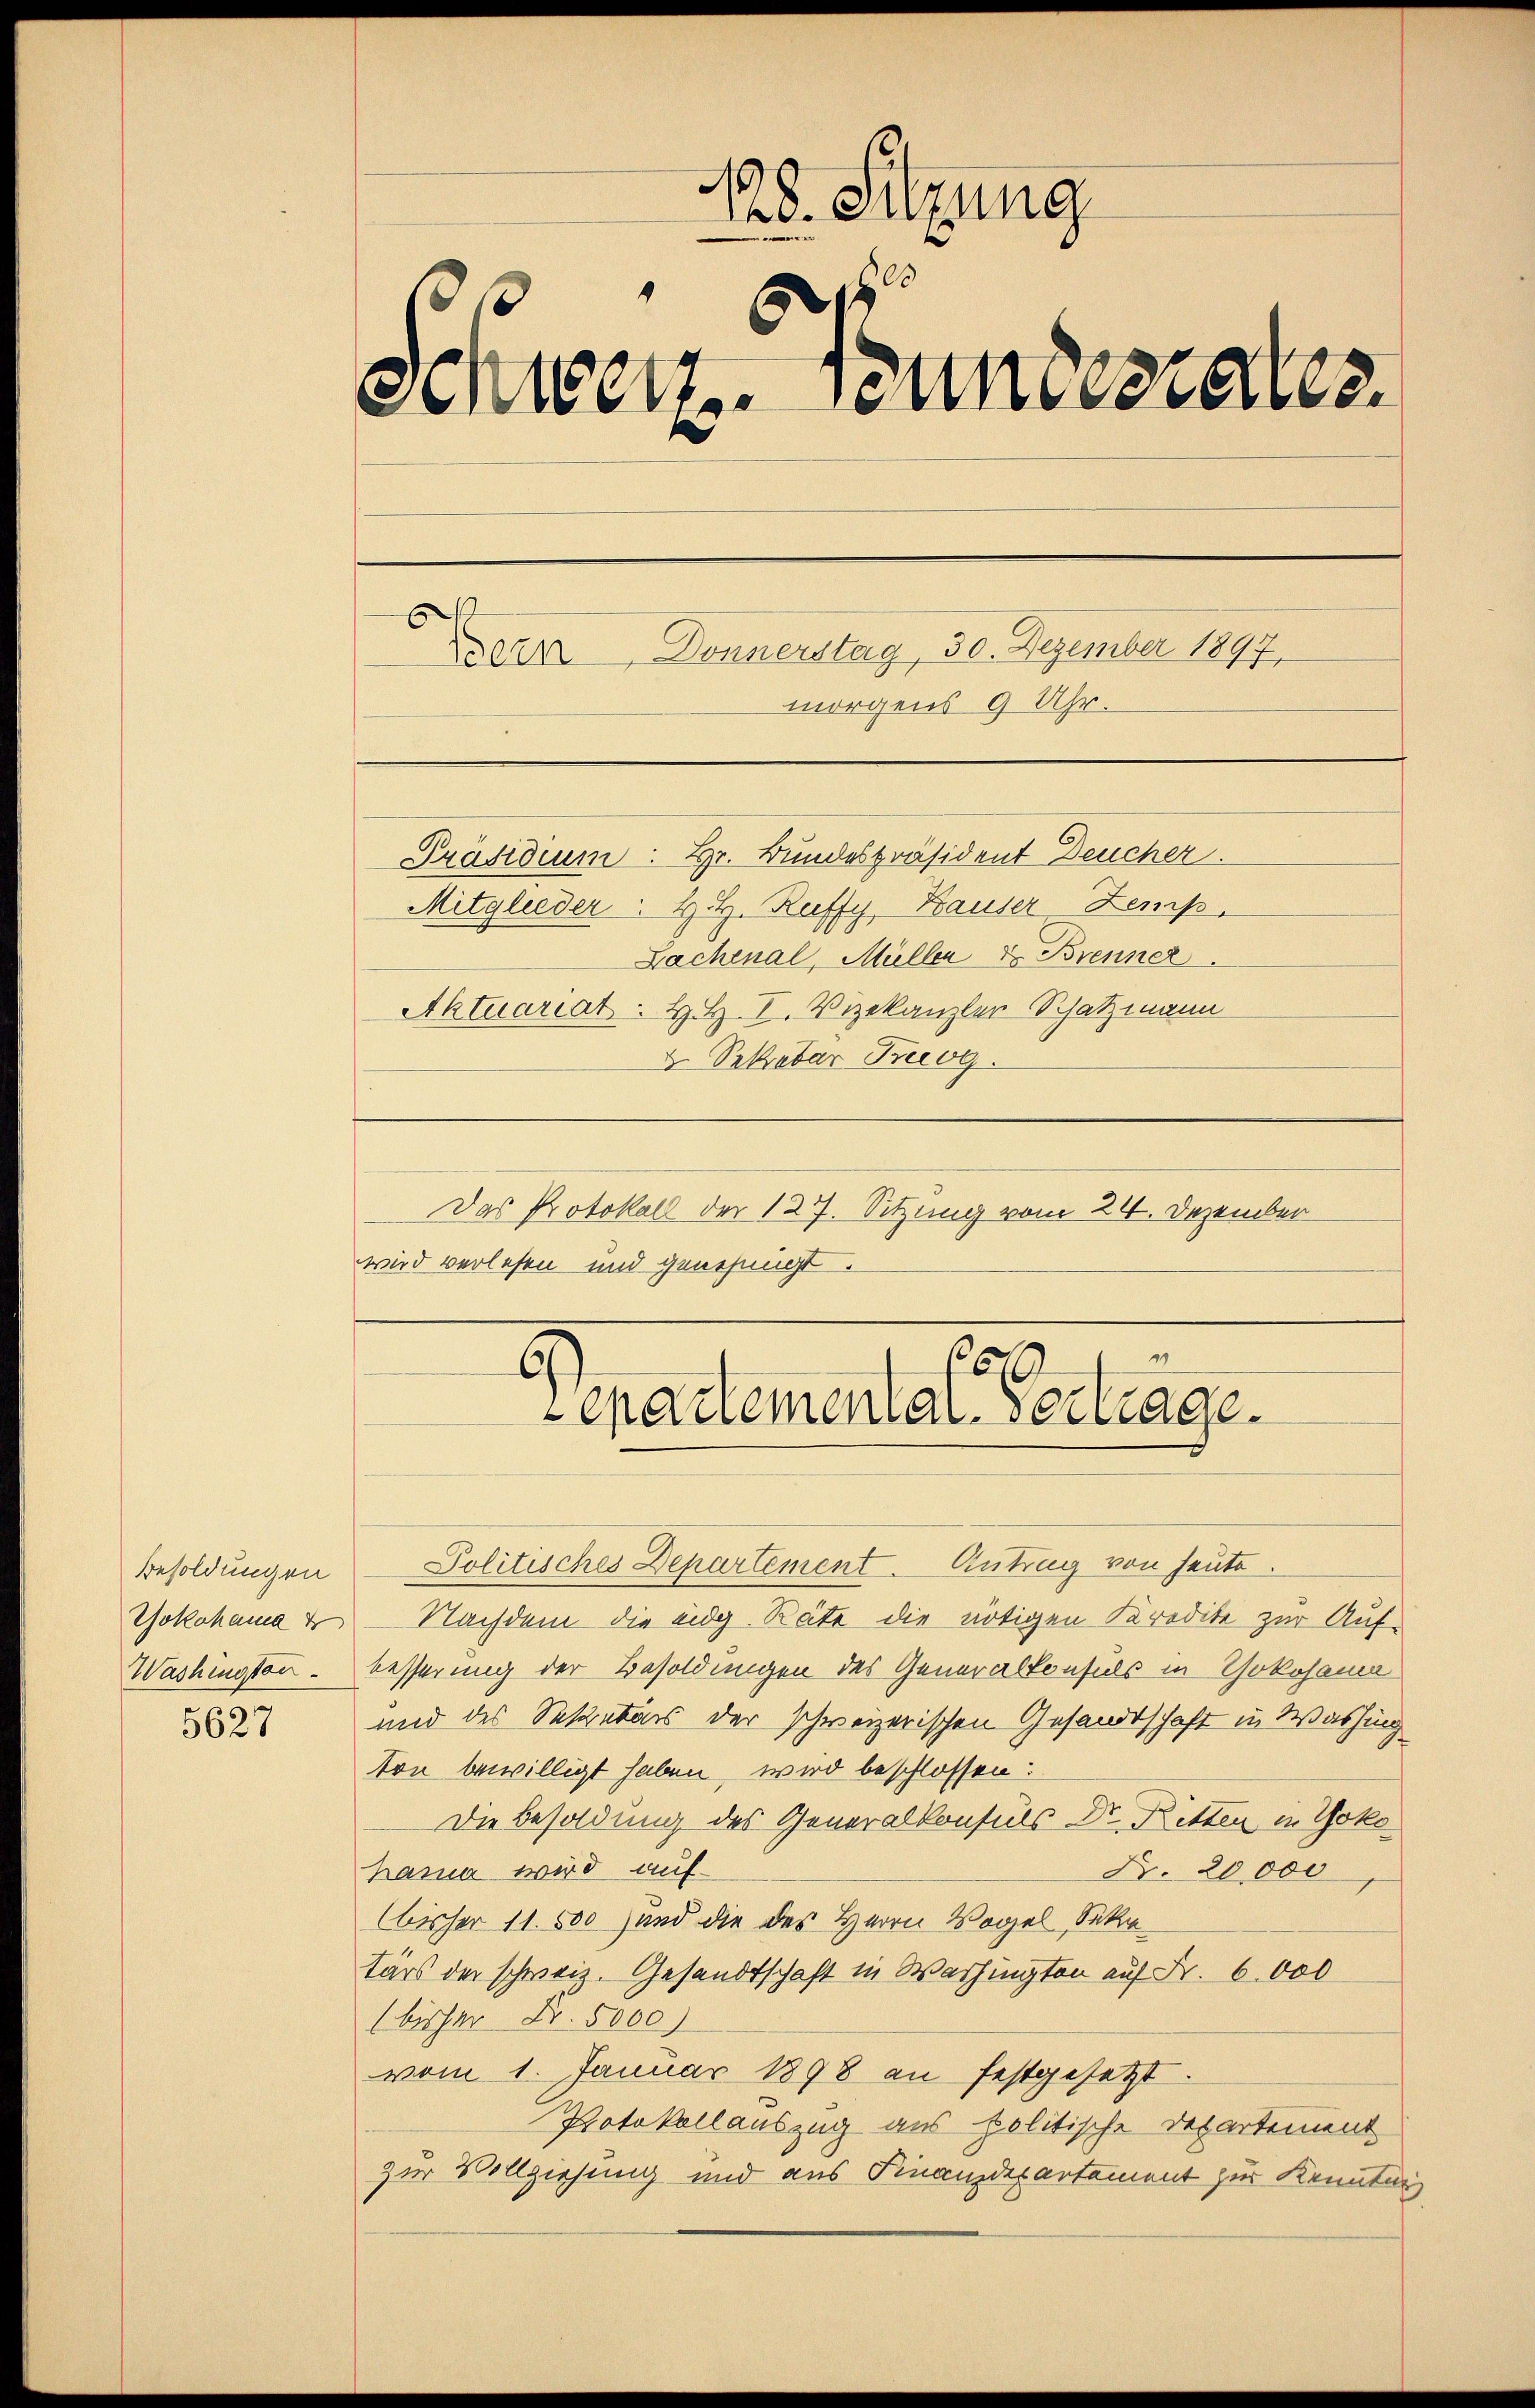
Besoldungen
Washington.

5627

.
128. Sitzung
Schweiz. Bundesrates.
Deter Donnerstag, 50. Dezember 1897.
morgens 9 Uhr.
Präsidium: Hr. Bundespräsident Deucher.
Mitglieder H. H. Ruffy, Hauser Zemp
Lachenal, Müller der Brenner
Aktuariat. H. H. V. Vizekanzler Schatzmann
2. Sekretar Tag.

Das Protokoll der 127. Sitzung vom 24. Dezember
wird verlesen und genehmigt.

2
Co
Cenartemental ertrage.

Politisches Departement. Antrag von heute.
Yokohama u Nachdem die eidg. Räte die nötigen Kredite zur Auf-
besserung der Besoldungen des Generalkonsuls in Yokohama
und des Sekretärs der schweizerischen Gesandtschaft in Washing
ton bewilligt haben wird beschlossen:
Die Besoldung des Generalkonsuls Dr. Bitten in Yokohama wird auf
Nr. 20,000
bisher 11. 500 Hand die des Herrn Vogel, Sekr
tärs der schweiz. Gesandtschaft in Washington auf Fr. 6000
(bisher Nr. 5000)
vom 1. Januar 1898 an festgesetzt.
Potokollauszug aus politische Departement
zur Vollziehung und aus Finanzdepartement zur Kenntnis